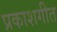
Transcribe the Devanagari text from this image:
प्रकाशगीत